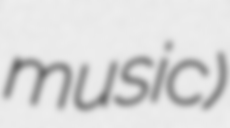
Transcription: music)